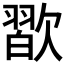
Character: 𣤊